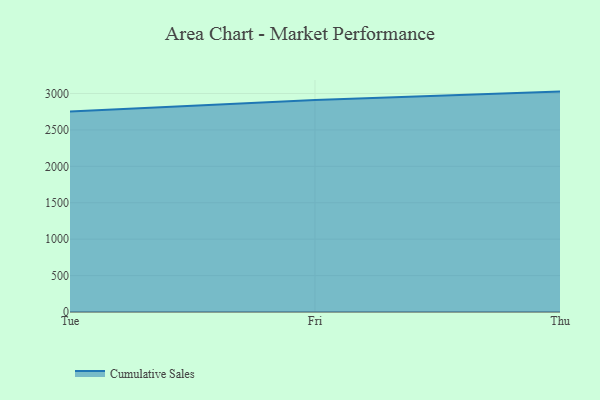
{"axis": {"x": "Day", "y": "Page Views"}, "legend": ["Cumulative Sales"], "data": [{"x": "Tue", "y": 2753.8, "type": "Cumulative Sales"}, {"x": "Fri", "y": 2909.8, "type": "Cumulative Sales"}, {"x": "Thu", "y": 3026.2, "type": "Cumulative Sales"}]}